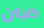
كابتن